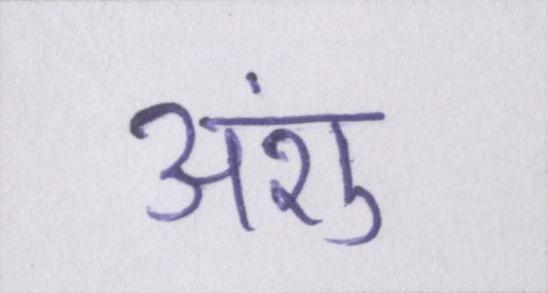
अंशु